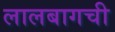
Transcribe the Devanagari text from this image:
लालबागची